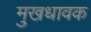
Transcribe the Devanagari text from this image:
मुखधावक